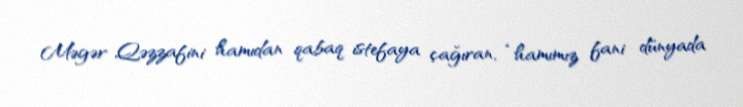
Məgər Qəzzafini hamıdan qabaq istefaya çağıran, “hamımız fani dünyada